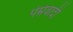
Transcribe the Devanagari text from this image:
पेम्रेवादी